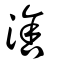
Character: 涻